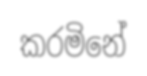
කරමිනේ